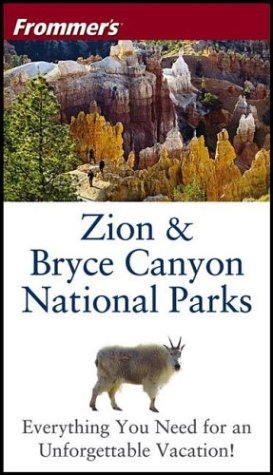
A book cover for Frommer's Zion & Bryce Canyon National Parks (Park Guides); Barbara Laine; Travel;